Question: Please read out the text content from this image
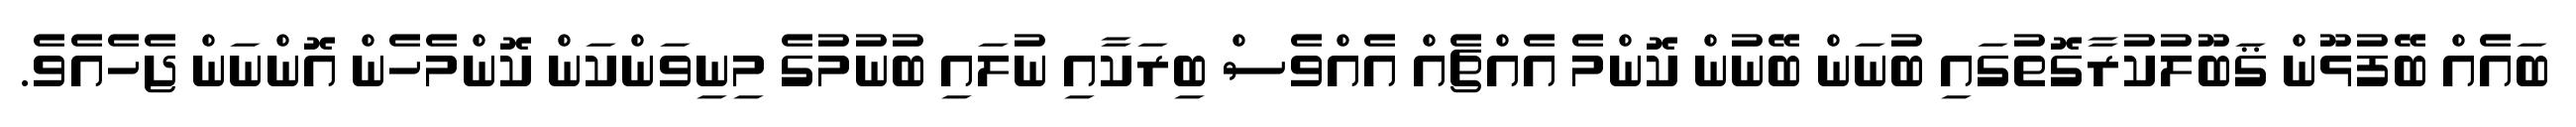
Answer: ބައެއް ބޭފުޅޫން ޤަބޫލުކުރާގޮތުގައި ބުނަން ބޭނުން ކޮންމެ އެއްޗެއް އެއްވެސް ބިރަކާއި ނުލައި ބުނުމުގެ މިނިވަންކަން ކޮންމެހެން އޮންނަން ޖެހެއެވެ.